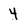
Character: 4